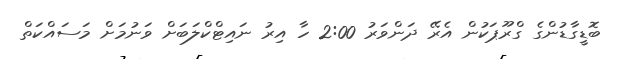
ބޮޑީގާޑުންގެ ގްރޫޕަކުން އެރޭ ދަންވަރު 2:00 ހާ އިރު ނައިޓްކްލަބަށް ވަނުމަށް މަސައްކަތް